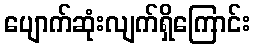
ပျောက်ဆုံးလျက်ရှိကြောင်း